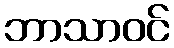
ဘာသာဝင်